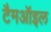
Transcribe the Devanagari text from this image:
टैमऑइल